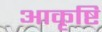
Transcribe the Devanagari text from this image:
आकृष्टि